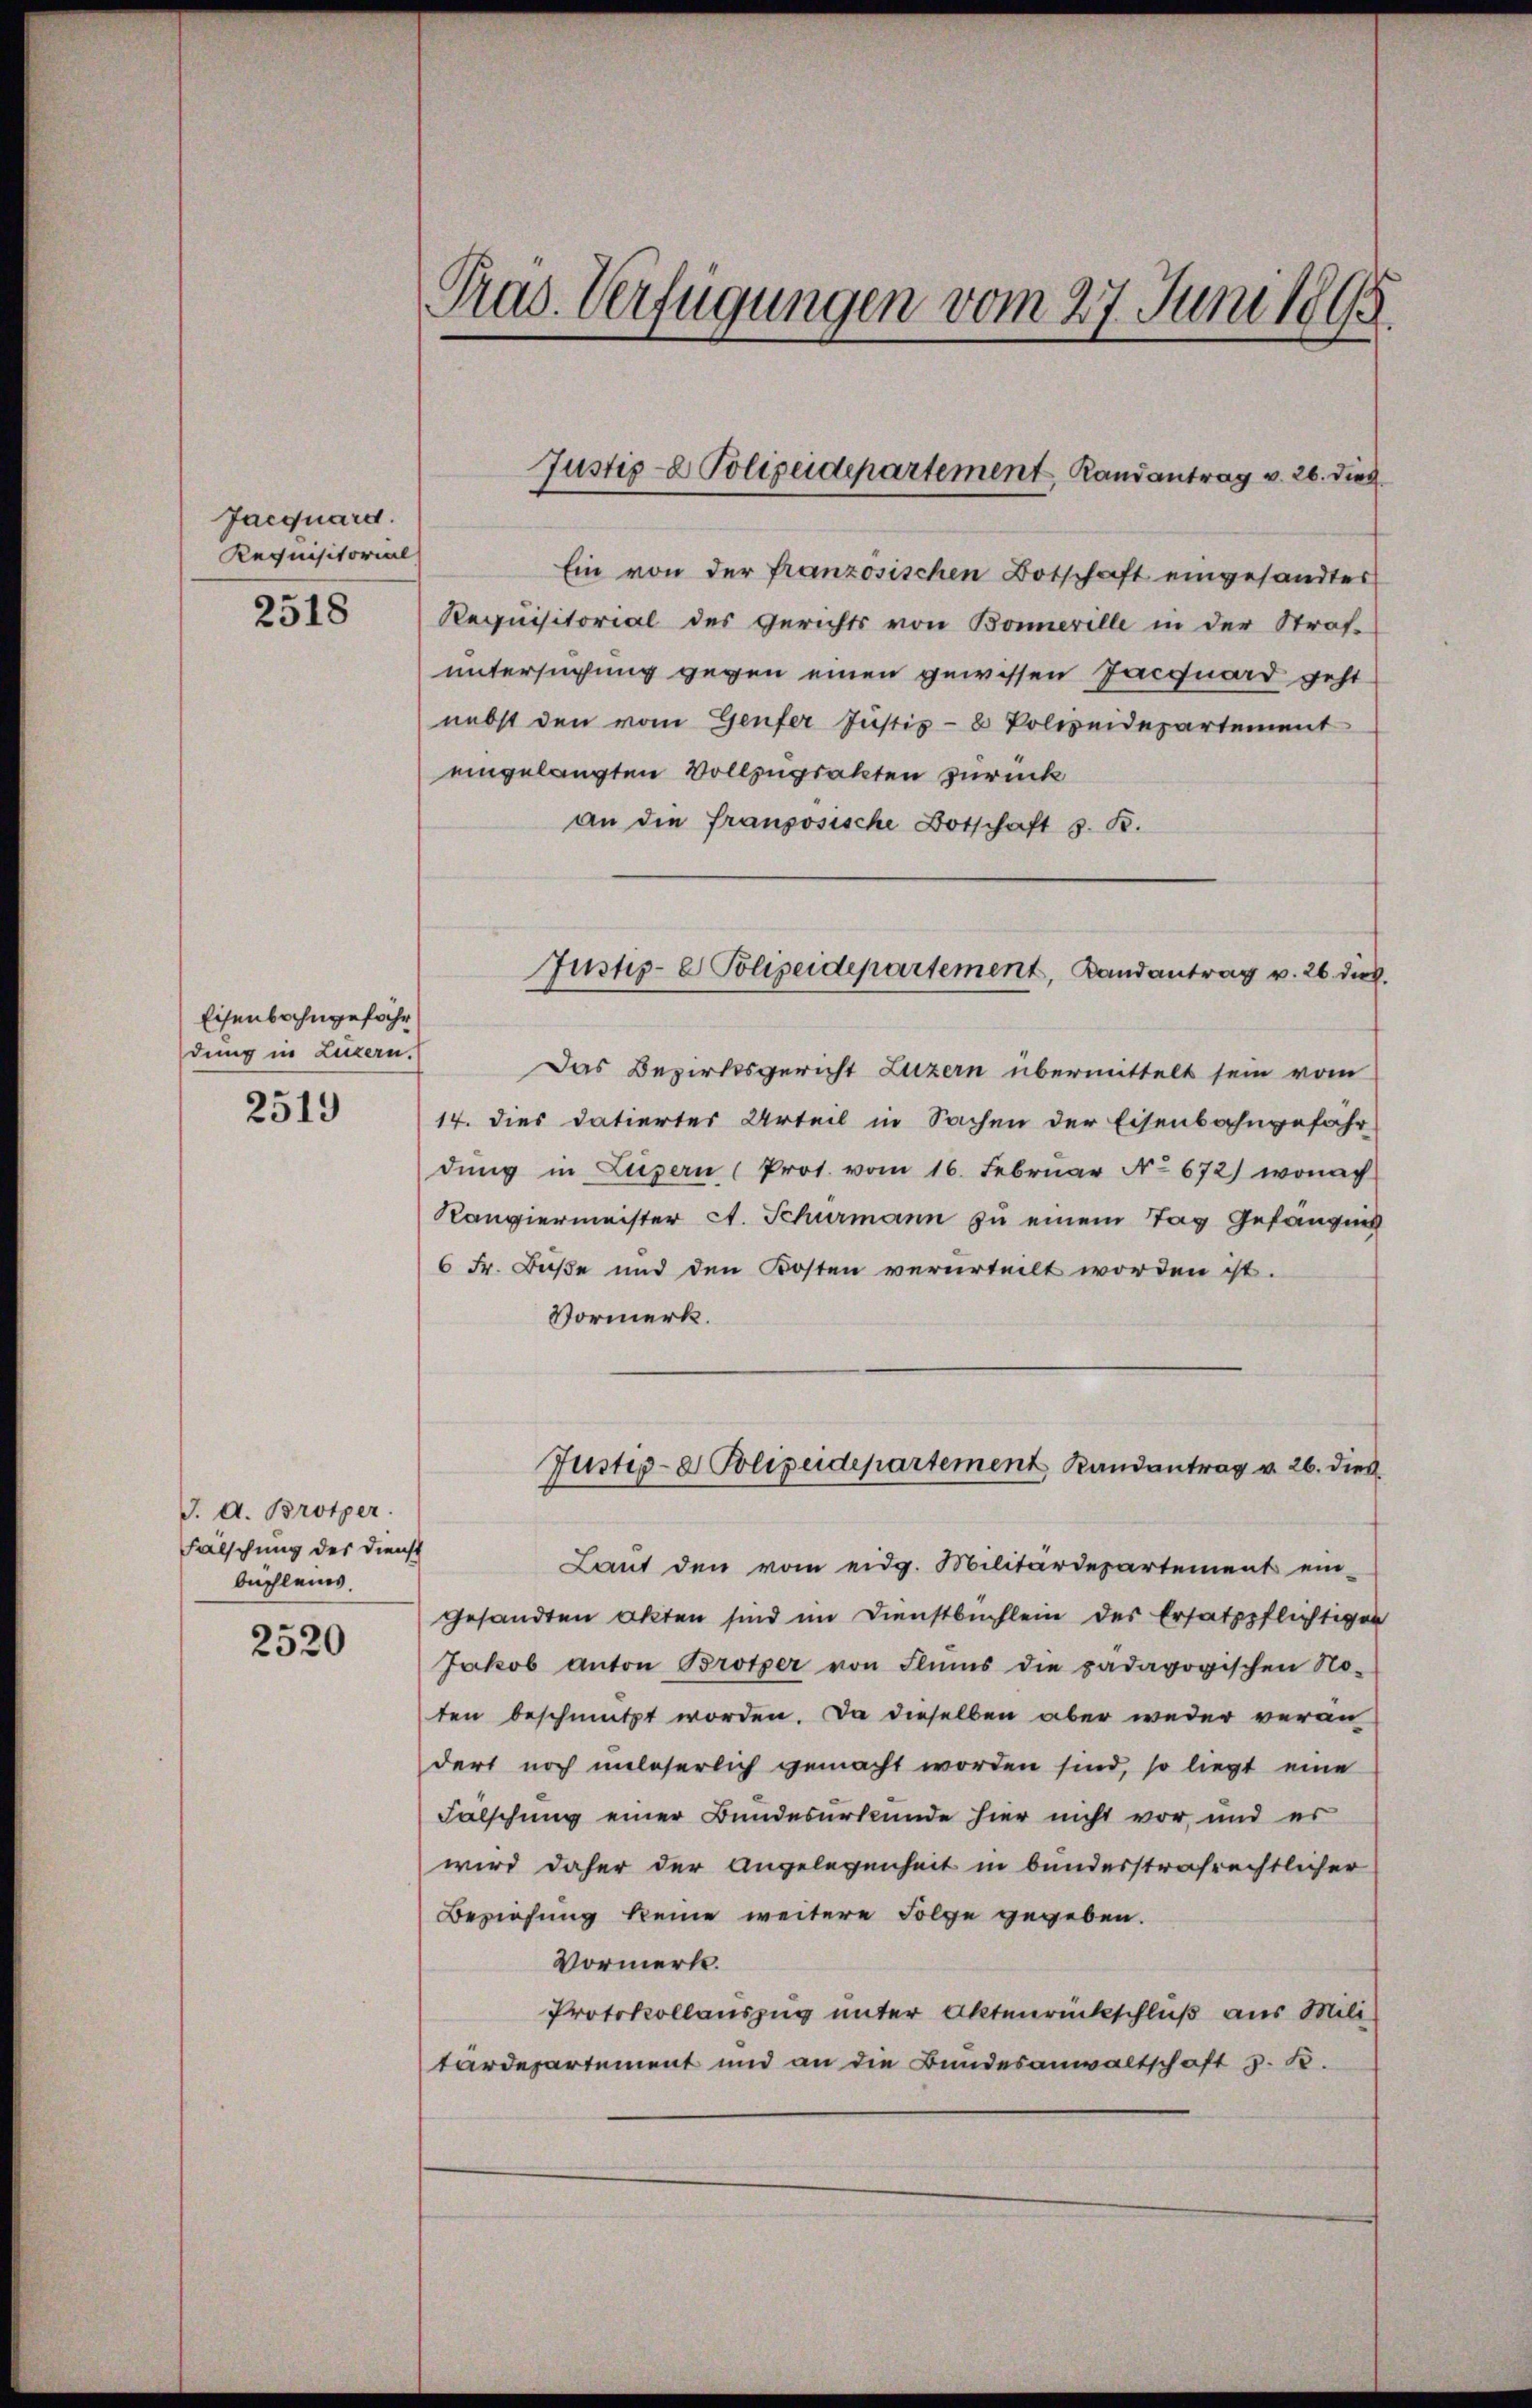
Jacquard.
Requisitorial

2518

Eisenbahngefähr
dung in Luzern.

2519

J. d. Brotper
Fälschung des Dienst
buchleins.

2520

Pras. Verfügungen vom 27. Juni 1898

Ein von der französischen Botschaft eingesandtes
Requisitorial des Gerichts von Bonnerille in der Straf-
untersuchung gegen einen gewissen Jacquard geht
nebst den vom Genfer Justiz- & Polweidepartement
eingelangten Vollzugsakten zurück
an die französische Botschaft z. B.
Das Bezirksgericht Luzern übermittelt sein vom
14. dies datiertes Urteil in Sachen der Eisenbahngefahr
dung in Luzern (Prot. vom 16. Februar No 672) wonach
Kanviermeister A. Schurmann zu einem Tag Gefängnis
6 Fr. Buße und den Kosten verurteilt worden ist.
Vormerk.
Justiz- & Polizeidepartement Randantrag v. 26. dies
Laut den vom eidg. Militärdepartement ein-
gesandten Akten sind im Dienstbuchlein des Ersatzpflichtigen
Jakob anton Brotper von Flŭms die pädagogischen No-
ten beschmutzt worden. Da dieselben aber weder veran
dert noch unleserlich gemacht worden sind, so liegt eine
Falschung einer Bundesurkunde hier nicht vor, und es
wird daher der Angelegenheit in bundesstrafrechtlicher
Beziehung keine weitere Folge gegeben.
Vormerk.
Protokollauszug unter Aktenrückschluß aus Mili
tardepartement und an die Bundesanwaltschaft z. B.

Justiz- & Polizeidepartement, Randantrag v. 26. dies

Justiz- & Polizeidepartement, Landantrag v. 26 dies